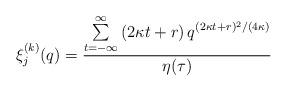
LaTeX: \begin{align*}\xi_{j}^{(k)} (q)=\frac{\sum\limits_{t=-\infty }^{\infty }\left(2 \kappa t + r \right) q^{(2 \kappa t + r )^{2}/(4 \kappa)}}{\eta (\tau )}\end{align*}